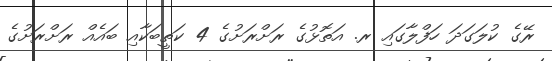
ރޭގެ ކުލަގަދަ ހަފްލާގައި ރ. އަތޮޅުގެ ރަށްރަށުގެ 4 ކަތީބަކާއި ބައެއް ރަށްރަށުގެ